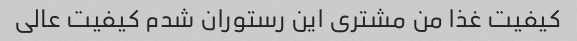
کیفیت غذا من مشتری این رستوران شدم کیفیت عالی